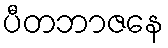
ပီတဘာဇနေ